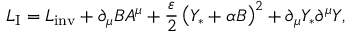
{ \cal L } _ { \mathrm { I } } = { \cal L } _ { \mathrm { i n v } } + \partial _ { \mu } B A ^ { \mu } + { \frac { \varepsilon } { 2 } } \left( Y _ { * } + \alpha B \right) ^ { 2 } + \partial _ { \mu } Y _ { * } \partial ^ { \mu } Y , \,